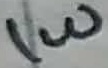
Text: 1W